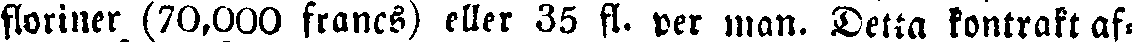
floriner (70,000 francs) eller 35 fl. per man. Detta kontrakt af-